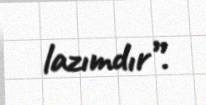
lazımdır”.